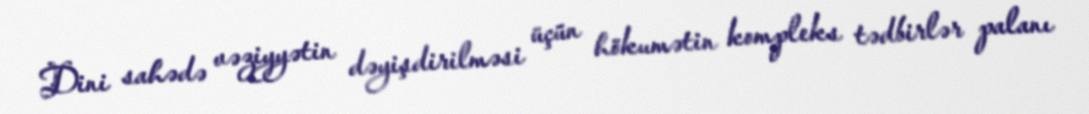
Dini sahədə vəziyyətin dəyişdirilməsi üçün hökumətin kompleks tədbirlər palanı